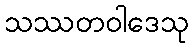
သဿတဝါဒေသု